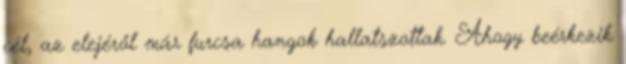
cél, az elejéről már furcsa hangok hallatszottak. Ahogy beérkezik